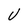
Character: U